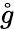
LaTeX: \mathring{g}